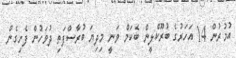
އުމުރުން 14 އަހަރުގެ ބުރޫކްލީން ބެކަމް ވަނީ މިދިޔަ ބުރާސްފަތި ދުވަހުން ފެށިގެން